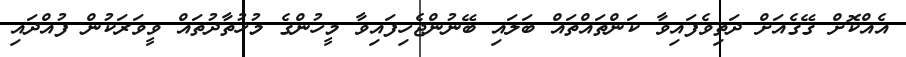
އެއްކޮށް ގޭގެއަށް ދަތިވެފައިވާ ކަންތައްތައް ބަލައި ބޭނުންޖެހިފައިވާ މީހުންގެ މުހުތާދުތައް ވީވަރަކުން ފުއްދައި